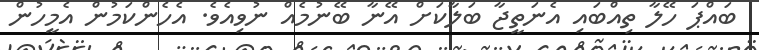
ބައްޕަ ހޭލާ ތިއްބައި އެނަތީޖާ ބަލާކަށް އޭނާ ބޭނުމެއް ނުވިއެވެ. އެހެންކަމުން އެމީހުން